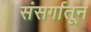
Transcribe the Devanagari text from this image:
संसर्गातून